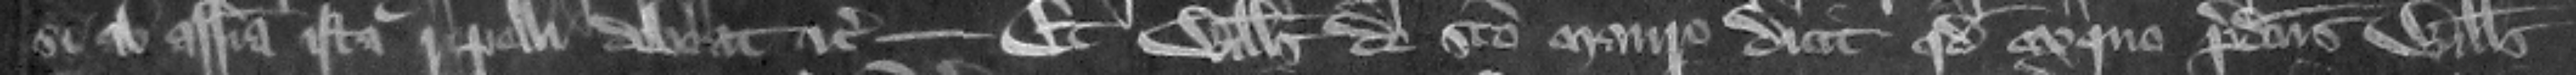
si ab assisa ista repelli debeat etc. Et Willelmus de Sancto Mauro dicit quod ex quo predictus Willelmus